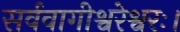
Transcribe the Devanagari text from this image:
सर्ववागीश्वरेश्वरः।